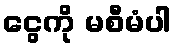
ငွေကို မစီမံပါ